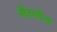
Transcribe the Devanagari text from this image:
नीदरलैन्ड